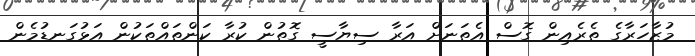
މުޒާހަރާގެ ތެރެއިން ގޮސް އެތަނަށް އަރާ ސިޔާސީ ގޮތުން ކުރާ ކަންތައްތަކުން އަޅުގަނޑުމެން